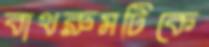
বাথরুমটিকে